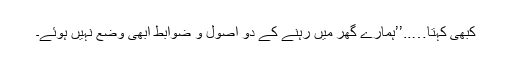
کبھی کہتا…..’’ہمارے گھر میں رہنے کے دو اصول و ضوابط ابھی وضع نہیں ہوئے۔